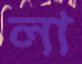
লা